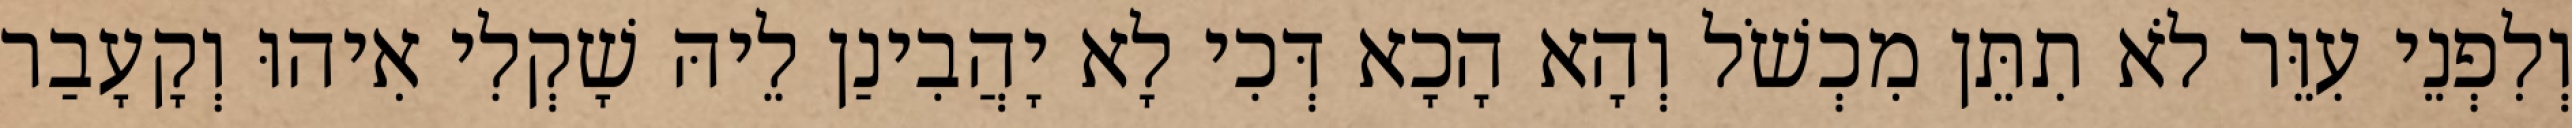
וְלִפְנֵי עִוֵּר לֹא תִתֵּן מִכְשֹׁל וְהָא הָכָא דְּכִי לָא יָהֲבִינַן לֵיהּ שָׁקְלִי אִיהוּ וְקָעָבַר